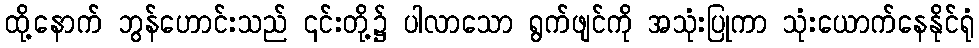
ထို့နောက် ဘွန်ဟောင်းသည် ၎င်းတို့၌ ပါလာသော ရွက်ဖျင်ကို အသုံးပြုကာ သုံးယောက်နေနိုင်ရုံ